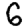
Digit: 6